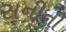
સનીની